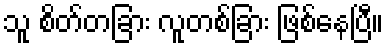
သူ စိတ်တခြား လူတစ်ခြား ဖြစ်နေပြီ။